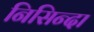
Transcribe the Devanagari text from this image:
निसिन्दा